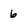
Character: 6